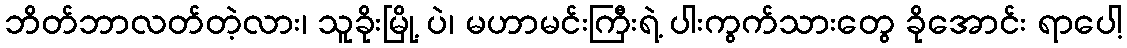
ဘိတ်ဘာလတ်တဲ့လား၊ သူခိုးမြို့ ပဲ၊ မဟာမင်းကြီးရဲ့ ပါးကွက်သားတွေ ခိုအောင်း ရာပေါ့